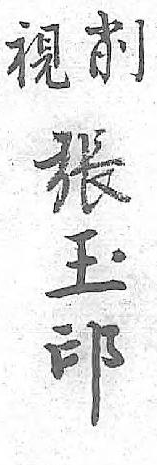
削張視玉 印